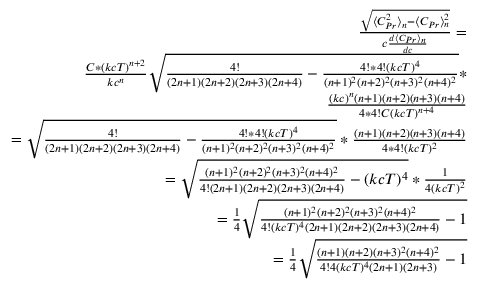
\begin{array} { r } { \frac { \sqrt { \langle C _ { P r } ^ { 2 } \rangle _ { n } - \langle C _ { P r } \rangle _ { n } ^ { 2 } } } { c \frac { d \langle C _ { P r } \rangle _ { n } } { d c } } = } \\ { \frac { C * ( k c T ) ^ { n + 2 } } { k c ^ { n } } \sqrt { \frac { 4 ! } { ( 2 n + 1 ) ( 2 n + 2 ) ( 2 n + 3 ) ( 2 n + 4 ) } - \frac { 4 ! * 4 ! ( k c T ) ^ { 4 } } { ( n + 1 ) ^ { 2 } ( n + 2 ) ^ { 2 } ( n + 3 ) ^ { 2 } ( n + 4 ) ^ { 2 } } } * } \\ { \frac { ( k c ) ^ { n } ( n + 1 ) ( n + 2 ) ( n + 3 ) ( n + 4 ) } { 4 * 4 ! C ( k c T ) ^ { n + 4 } } } \\ { = \sqrt { \frac { 4 ! } { ( 2 n + 1 ) ( 2 n + 2 ) ( 2 n + 3 ) ( 2 n + 4 ) } - \frac { 4 ! * 4 ! ( k c T ) ^ { 4 } } { ( n + 1 ) ^ { 2 } ( n + 2 ) ^ { 2 } ( n + 3 ) ^ { 2 } ( n + 4 ) ^ { 2 } } } * \frac { ( n + 1 ) ( n + 2 ) ( n + 3 ) ( n + 4 ) } { 4 * 4 ! ( k c T ) ^ { 2 } } } \\ { = \sqrt { \frac { ( n + 1 ) ^ { 2 } ( n + 2 ) ^ { 2 } ( n + 3 ) ^ { 2 } ( n + 4 ) ^ { 2 } } { 4 ! ( 2 n + 1 ) ( 2 n + 2 ) ( 2 n + 3 ) ( 2 n + 4 ) } - ( k c T ) ^ { 4 } } * \frac { 1 } { 4 ( k c T ) ^ { 2 } } } \\ { = \frac { 1 } { 4 } \sqrt { \frac { ( n + 1 ) ^ { 2 } ( n + 2 ) ^ { 2 } ( n + 3 ) ^ { 2 } ( n + 4 ) ^ { 2 } } { 4 ! ( k c T ) ^ { 4 } ( 2 n + 1 ) ( 2 n + 2 ) ( 2 n + 3 ) ( 2 n + 4 ) } - 1 } } \\ { = \frac { 1 } { 4 } \sqrt { \frac { ( n + 1 ) ( n + 2 ) ( n + 3 ) ^ { 2 } ( n + 4 ) ^ { 2 } } { 4 ! 4 ( k c T ) ^ { 4 } ( 2 n + 1 ) ( 2 n + 3 ) } - 1 } } \end{array}